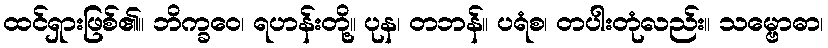
ထင်ရှားဖြစ်၏။ ဘိက္ခဝေ၊ ရဟန်းတို့။ ပုန၊ တဘန်။ ပရံစ၊ တပါးတုံလည်း။ သမ္ဗောဓာ၊